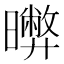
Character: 𣋹